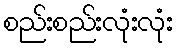
စည်းစည်းလုံးလုံး